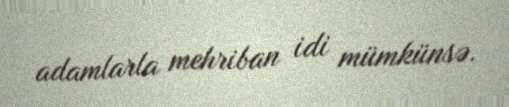
adamlarla mehriban idi mümkünsə.